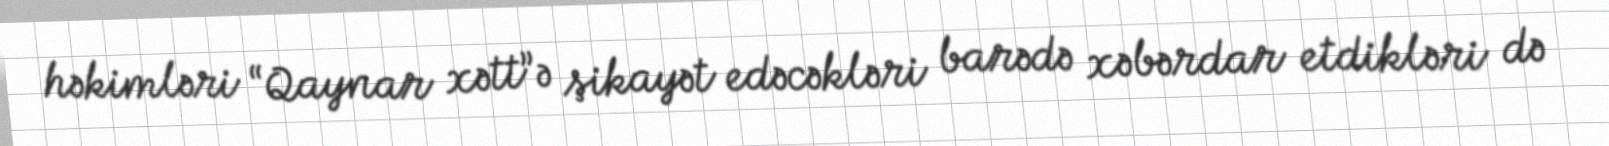
həkimləri “Qaynar xətt”ə şikayət edəcəkləri barədə xəbərdar etdikləri də